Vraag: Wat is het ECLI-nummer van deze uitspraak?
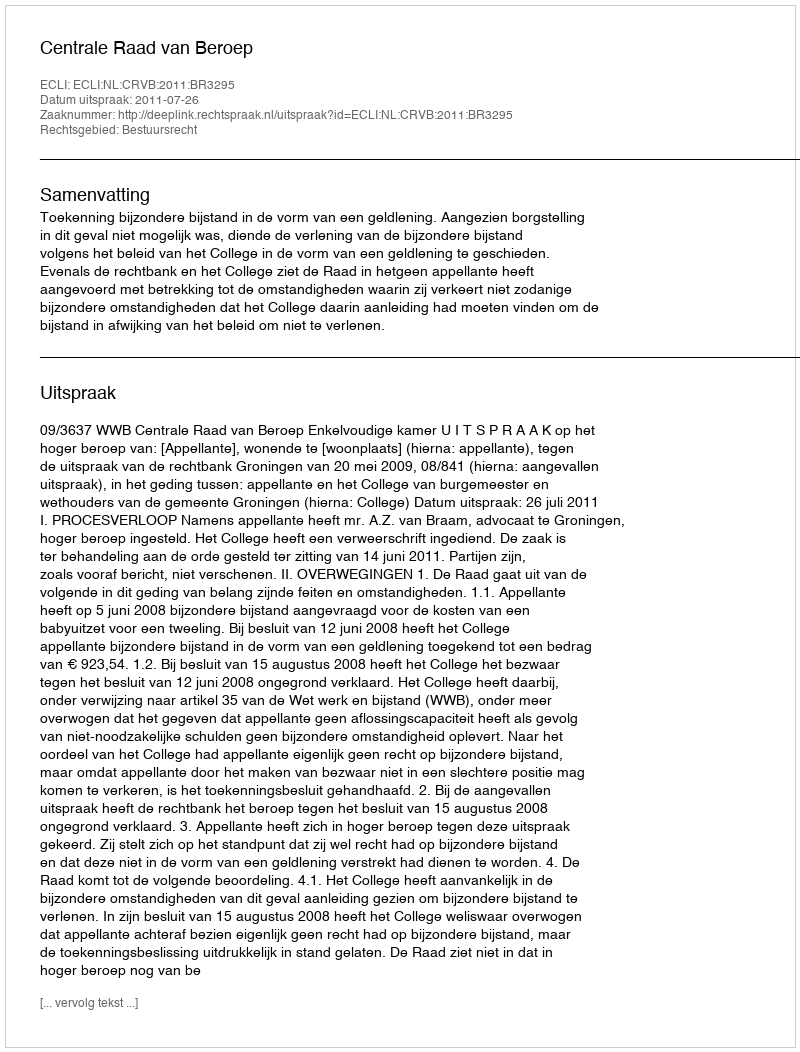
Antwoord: ECLI:NL:CRVB:2011:BR3295